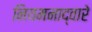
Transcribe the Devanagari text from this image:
नियमनाद्वारे